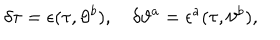
\delta \tau = \epsilon ( \tau , \vartheta ^ { b } ) , \quad \delta \vartheta ^ { a } = \epsilon ^ { a } ( \tau , \vartheta ^ { b } ) ,